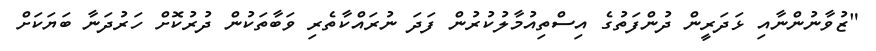
"ޒުވާނުންނާއި ޅަދަރީން ދުންފަތުގެ އިސްތިއުމާލުކުރުން ފަދަ ނުރައްކާތެރި ވަބާތަކުން ދުރުކޮށް ހަރުދަނާ ބަޔަކަށް